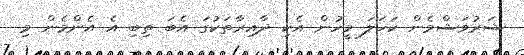
ޝަރުވަޝްމެން ކަހަލަ މީހުން އެކި ދާއިރާތަކުގަ އެބަ ތިބި އެ އެންމެން މި